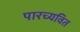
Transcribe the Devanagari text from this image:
पारच्यवित